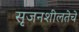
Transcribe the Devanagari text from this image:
सृजनशीलतेचे